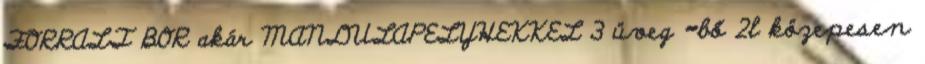
FORRALT BOR akár MANDULAPELYHEKKEL 3 üveg =bő 2l közepesen